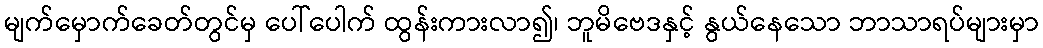
မျက်မှောက်ခေတ်တွင်မှ ပေါ်ပေါက် ထွန်းကားလာ၍၊ ဘူမိဗေဒနှင့် နွယ်နေသော ဘာသာရပ်များမှာ